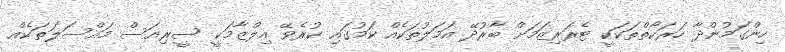
ހިންގަމުންދާ ހަރަކާތްތަކަކީ ޓެރަރިޒަމަށް ބާރުދޭ އަމަލުތަކެއް ކަމުގައި ކުރެވޭ އިލްޒާމަކީ ސީރިއަސް މައްސަލަތަކެއް